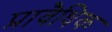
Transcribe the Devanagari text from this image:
प्रावैधिक